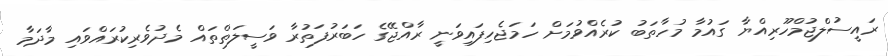
ރައީސުލްޖުމްހޫރިއްޔާ ގައުމާ މުހާތަބު ކުރެއްވުމަށް ހަމަޖެހިފައިވަނީ ރާއްޖޭގެ ހަބަރުފަތުރާ ވަސީލަތްތައް މެދުވެރިކުރައްވައި މާދަމާ